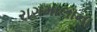
રાગમાલાના